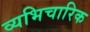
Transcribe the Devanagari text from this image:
व्यभिचारिक